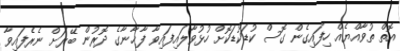
އޮތް ތުވާއްޔެއް ހިފައިގެން ގޮސް ކުޑަކުޑަކޮށް ހުޅުވާލައިފައިވާ ފާޚާނާގެ ދޮރުން ބޭރަށް ނެރެފައިވާ